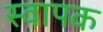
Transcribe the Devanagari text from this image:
स्‍वापक